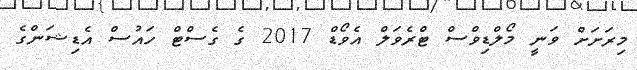
މިރަށަށް ވަނީ މޯލްޑިވްސް ޓްރެވަލް އެވޯޑް 2017 ގެ ގެސްޓް ހައުސް އެޑިޝަންގެ